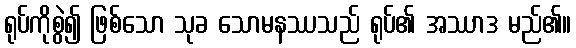
ရုပ်ကိုစွဲ၍ ဖြစ်သော သုခ သောမနဿသည် ရုပ်၏ အဿာဒ မည်၏။